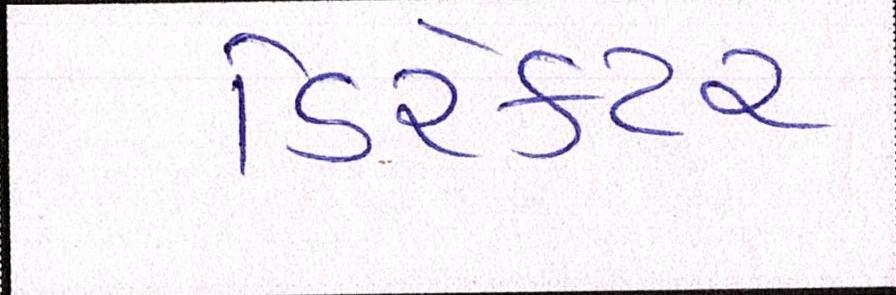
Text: ડિરેક્ટર